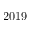
2 0 1 9